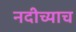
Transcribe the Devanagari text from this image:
नदीच्याच